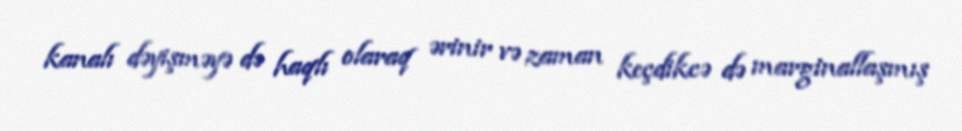
kanalı dəyişməyə də haqlı olaraq ərinir və zaman keçdikcə də marginallaşmış